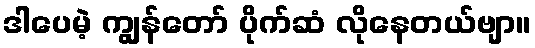
ဒါပေမဲ့ ကျွန်တော် ပိုက်ဆံ လိုနေတယ်ဗျာ။